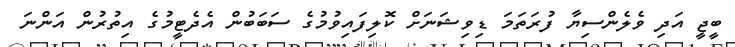
ބީޖީ އަދި ވެލެންސިޔާ ފުރަތަމަ ޑިވިޝަނަށް ކޮލިފައިވުމުގެ ސަބަބުން އެދެޓީމުގެ އިތުރުން އަންނަ